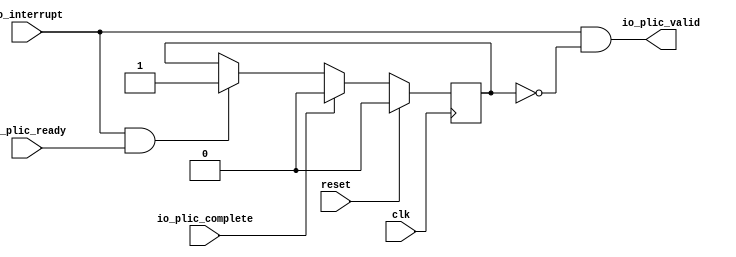
module LevelGateway(
  input   clk,
  input   reset,
  input   io_interrupt,
  output  io_plic_valid,
  input   io_plic_ready,
  input   io_plic_complete
);
  reg  inFlight;
  reg [31:0] GEN_2;
  wire  T_6;
  wire  GEN_0;
  wire  GEN_1;
  wire  T_10;
  wire  T_11;
  assign io_plic_valid = T_11;
  assign T_6 = io_interrupt & io_plic_ready;
  assign GEN_0 = T_6 ? 1'h1 : inFlight;
  assign GEN_1 = io_plic_complete ? 1'h0 : GEN_0;
  assign T_10 = inFlight == 1'h0;
  assign T_11 = io_interrupt & T_10;
`ifdef RANDOMIZE
  integer initvar;
  initial begin
    `ifndef verilator
      #0.002;
    `endif
  `ifdef RANDOMIZE
  GEN_2 = {1{$random}};
  inFlight = GEN_2[0:0];
  `endif
  end
`endif
  always @(posedge clk) begin
    if(reset) begin
      inFlight <= 1'h0;
    end else begin
      if(io_plic_complete) begin
        inFlight <= 1'h0;
      end else begin
        if(T_6) begin
          inFlight <= 1'h1;
        end
      end
    end
  end
endmodule